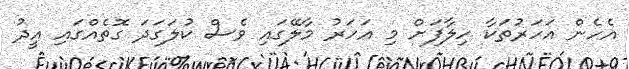
އެހެން އަހަރުތަކާ ހިލާފަށް މި އަހަރު މާލޭގައި ވެސް ކުލަގަދަ ގޮތެއްގައި އީދު